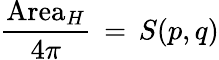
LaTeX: \frac{\mathrm{Area}_{H}}{4\pi}\, =\, S(p,q)